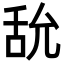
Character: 𦧊